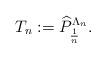
LaTeX: \begin{align*}T_n:=\widehat{P}_{\frac{1}{n}}^{\Lambda_n}.\end{align*}